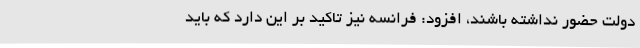
دولت حضور نداشته باشند، افزود: فرانسه نیز تاکید بر این دارد که باید